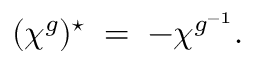
( \chi ^ { g } ) ^ { \star } \; = \; - \chi ^ { g ^ { - 1 } } .